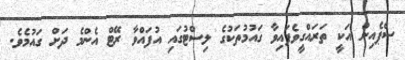
ސްޕެއިން އަކީ ތަރައްގީވެފައިވާ ގައުމުތަކުގެ ލިސްޓުގައި އުފައްވާ ރޭޓް އެންމެ ދަށް ގައުމެވެ.